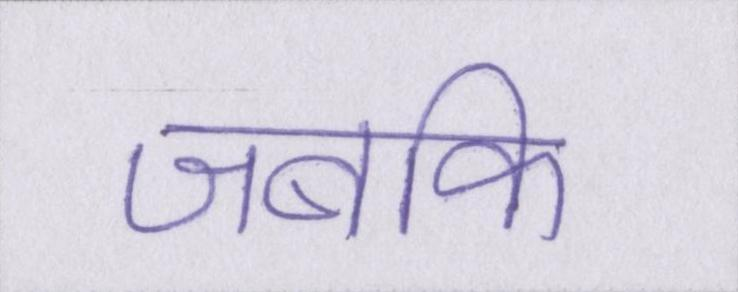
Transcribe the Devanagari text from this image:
जबकि